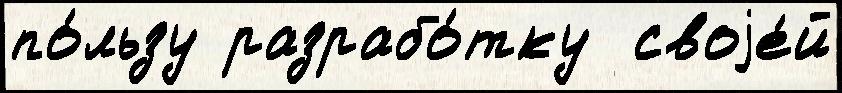
по́льзу разрабо́тку  своjе́й